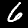
Label: 6